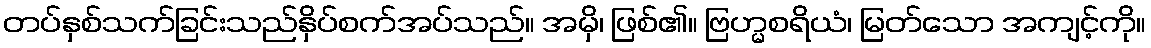
တပ်နှစ်သက်ခြင်းသည်နှိပ်စက်အပ်သည်။ အမှိ၊ ဖြစ်၏။ ဗြဟ္မစရိယံ၊ မြတ်သော အကျင့်ကို။